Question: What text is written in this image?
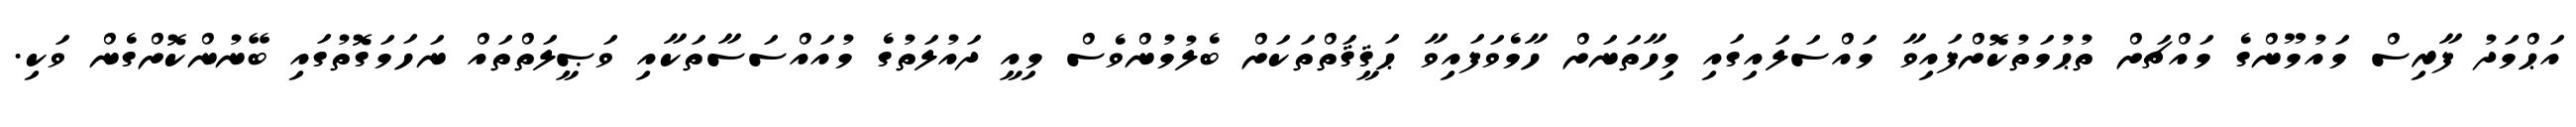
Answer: އަޙްމަދު ފާރިސް މައުމޫންގެ މައްޗަށް ތުޙުމަތުކޮށްފައިވާ މައްސަލައިގައި މިހާތަނަށް ހާމެވަފައިވާ ޙަޤީޤަތްތަކަށް ބެލުމުންވެސް މިއީ ދައުލަތުގެ މުއައްސަސާތަކާއި ވަޞީލަތްތައް ނަހަމަގޮތުގައި ބޭނުންކޮށްގެން ވަކި.